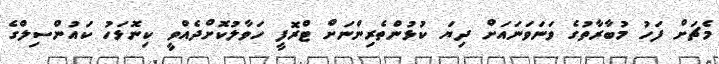
މެޗަށް ފަހު މުބާރާތުގެ ވަނަވަނައަށް ދިޔަ ކުޅުންތެރިންނަށް ޓްރޮފީ ހަވާލުކޮށްދެއްވީ ކިނޮޅަހު ކައުންސިލްގެ